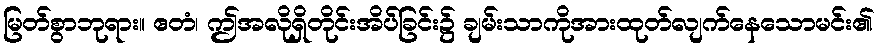
မြတ်စွာဘုရား။ ဧတံ၊ ဤအလိုရှိတိုင်းအိပ်ခြင်း၌ ချမ်းသာကိုအားထုတ်လျက်နေသောမင်း၏